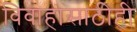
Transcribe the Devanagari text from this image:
विवाहासाठीही